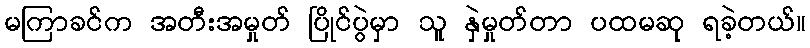
မကြာခင်က အတီးအမှုတ် ပြိုင်ပွဲမှာ သူ နှဲမှုတ်တာ ပထမဆု ရခဲ့တယ်။